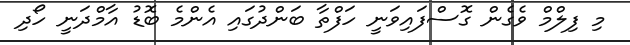
މި ފިލްމް ވެގެން ގޮސްފައިވަނީ ހަފްތާ ބަންދުގައި އެންމެ ބޮޑު އާމްދަނީ ހޯދި